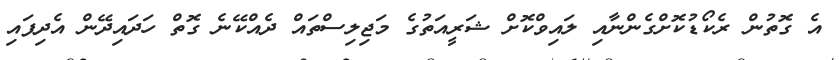
އެ ގޮތުން ރެކޯޑުކޮށްގެންނާއި ލައިވްކޮށް ޝަރީއަތުގެ މަޖިލިސްތައް ދެއްކޭނެ ގޮތް ހަދައިދޭން އެދިފައި